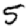
Digit: 5